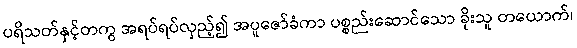
ပရိသတ်နှင့်တကွ အရပ်ရပ်လှည့်၍ အပူဇော်ခံကာ ပစ္စည်းဆောင်သော ခိုးသူ တယောက်၊